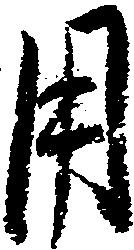
用